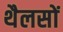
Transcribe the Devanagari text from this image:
थैलसों